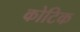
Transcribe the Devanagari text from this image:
कोटिक